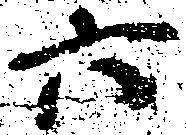
六